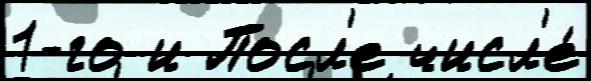
1-го и Посл'е числ'е́